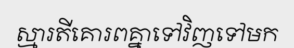
ស្មារតីគោរពគ្នាទៅវិញទៅមក